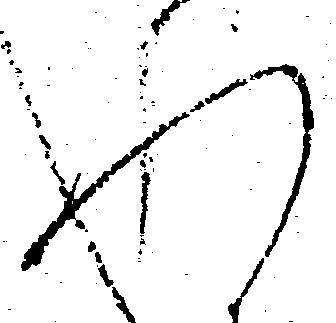
れ